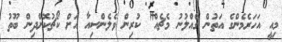
މިއީ އަހަރެމެންގެ އަތުން ގެއްލުނު މެޗެއް" ކުރިން ވެލެންސިއާ އަށް ކޯޗުކޮށްދިން ބޫތު